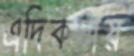
এদিকটায়